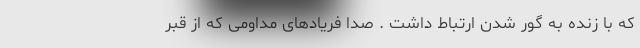
که با زنده به گور شدن ارتباط داشت . صدا فریادهای مداومی که از قبر